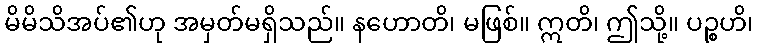
မိမိသိအပ်၏ဟု အမှတ်မရှိသည်။ နဟောတိ၊ မဖြစ်။ ဣတိ၊ ဤသို့။ ပဉ္စဟိ၊